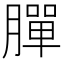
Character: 䐷